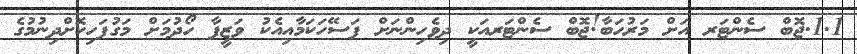
1.1.ޖޮބް ސެންޓަރ އަށް މަރުހަބާ!ޖޮބް ސެންޓަރއަކީ ދިވެހިންނަށް ފަސޭހަކަމާއިއެކު ވަޒީފާ ހޯދުމަށް މަގުފަހިކޮށްދިނުމުގެ